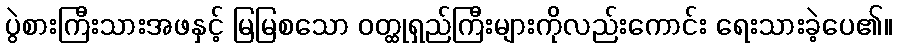
ပွဲစားကြီးသားအဖနှင့် မြမြစသော ဝတ္ထုရှည်ကြီးများကိုလည်းကောင်း ရေးသားခဲ့ပေ၏။